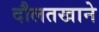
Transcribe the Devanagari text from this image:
दौलतखाने